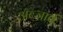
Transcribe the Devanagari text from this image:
अब्जावं